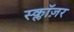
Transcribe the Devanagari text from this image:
स्क्लॉज़र